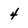
Character: 4